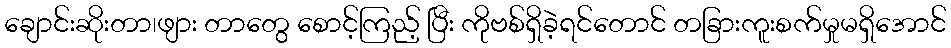
ချောင်းဆိုးတာ၊ဖျား တာတွေ စောင့်ကြည့် ပြီး ကိုဗစ်ရှိခဲ့ရင်တောင် တခြားကူးစက်မှုမရှိအောင်